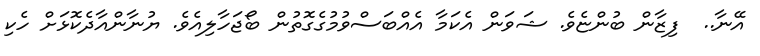
އޭނާ..  ފިޒާން ބުންޏެވެ. ޝަވަން އެކަމާ އެއްބަސްވުމުގެގޮތުން ބޯޖަހާލިއެވެ. ޔުނާންއާދެކޮޅަށް ހެކި